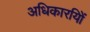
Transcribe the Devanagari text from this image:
अधिकारयिों